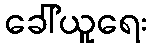
ခေါ်ယူရေး